Indian journal of veterinary science and animal husbandry - Volumes 24-25, 1954-1955
Year: 1954
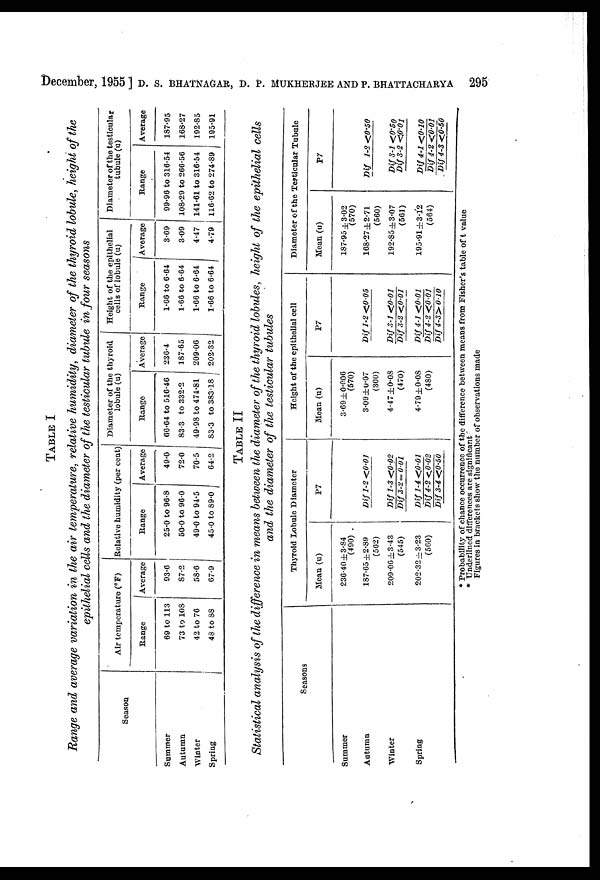
December, 1955 ] D. S. BHATNAGAR, D. P. MUKHBEJEE AND P. BHATTACHARYA 295
TABLE I
Range and average variation in the air temperature, relative humidity, diameter of the thyroid lobule, height of the
epithelial cells and the diameter of the testicular tubule in four seasons
Season
Summer
Autumn
Winter
Spring
Air temperature (ºF)
Range
69 to 113
73 to 108
42 to 76
48 to 88
Average
93.6
87.2
58.6
67.9
Relative humidity (per cent)
Range
25.0 to 96.8
50.0 to 96.0
49.0 to 94.5
45.0 to 89.0
Average
49.0
72.0
70.5
64.2
Diameter of the thyroid
lobule (u)
Range
66.64 to 516.46
83.3 to 332.2
49.98 to 474.81
83.3 to 383.18
Average
236.4
187.65
209.06
202.32
Height of the epithelial
cells of lobule (u)
Range
1.66 to 6.64
1.66 to 6.64
1.66 to 6.64
1.66 to 6.64
Average
3.69
3.09
4.47
4.79
Diameter of the testicular
tubule (u)
Range
99.96 to 316.54
108.29 to 266.56
141.61 to 316.54
116.62 to 274.89
Average
187.95
168.27
192.85
195.91
TABLE II
Statistical analysis of the difference in means between the diameter of the thyroid lobules, height of the epithelial cells
and the diameter of the testicular tubules
Seasons
Summer
Autumn
Winter
Spring
Thyroid Lobule Diameter
Mean (u)
236.40±3.84
(490)
187.65±2.89
(562)
209.06±3.43
(545)
202.32±3.23
(560)
P7
Dif 1-2 <0.01
Dif 1-3 <0.02
Dif 3-2 = 0.01
Dif 1-4 <0.01
Dif 4-2 <0.02
Dif 3-4 <0.50
Height of the epithelial cell
Mean (u)
3.69±0.006
(570)
3.09±0.07
(300)
4.47±0.08
(470)
4.79±0.08
(480)
P7
Dif 1-2 <0.05
Dif 3-1 <0.01
Dif 3-2 <0.01
Dif 4-1 <0.01
Dif 4-2 <0.01
Dif 4-3> 0.10
Diameter of the Testicular Tubule
Mean (u)
187.95 ±3.02
(570)
168.27 ± 2.71
(560)
192.85±3.07
(561)
195.91±3.12
(564)
P7
Dif 1-2 <0.50
Dif 3-1 <0.50
Dif 3-2 <0.01
Dif 4-1 <0.10
Dif 4-2 <0.01
Dif 4-3 <0.50
* Probability of chance occurrence of the difference between means from Fisher's table of t value
* Underlined differences are significant
Figures in brackets show the number of observations made